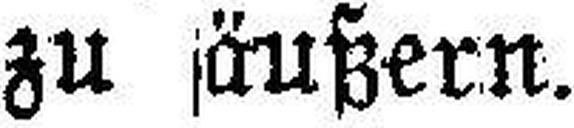
zu äußern.